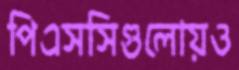
পিএসসিগুলোয়ও